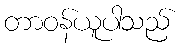
တာဝန်ယူပါသည်